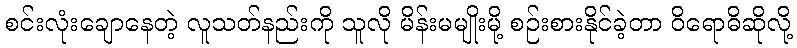
စင်းလုံးချောနေတဲ့ လူသတ်နည်းကို သူလို မိန်းမမျိုးမို့ စဉ်းစားနိုင်ခဲ့တာ ဝိရောဓိဆိုလို့